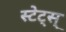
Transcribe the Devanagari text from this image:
स्टेट्स्